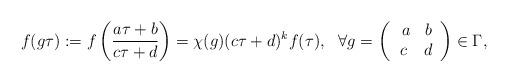
LaTeX: \begin{align*} f(g\tau):=f\left(\frac{a\tau+b}{c\tau+d}\right)=\chi(g)(c\tau+d)^kf(\tau), ~~\forall g=\left(\begin{array}{cc}\ a & b \\ c & d\end{array}\right)\in\Gamma,\end{align*}